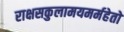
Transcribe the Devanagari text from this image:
राक्षसकुलामयमर्महेतो